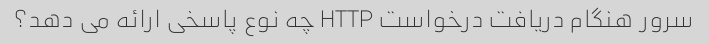
سرور هنگام دریافت درخواست HTTP چه نوع پاسخی ارائه می دهد؟